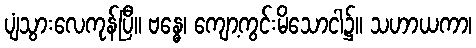
ပျံသွားလေကုန်ပြီ။ ဗန္ဓေ၊ ကျော့ကွင်းမိသောငါ၌။ သဟာယကာ၊